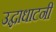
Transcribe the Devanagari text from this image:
उद्घाधाटनी